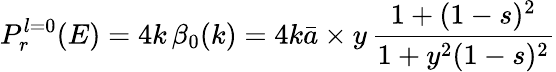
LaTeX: P_{r}^{l=0}(E)=4k\, \beta_{0}(k)=4k\bar{a}\times y\, \frac{1+(1-s)^{2}}{1+y^{2}(1-s)^{2}}